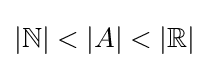
|\mathbb {N} |<|A|<|\mathbb {R} |